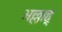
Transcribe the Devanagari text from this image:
अल्लाह्